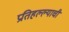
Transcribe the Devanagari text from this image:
प्रतिहल्ल्याची